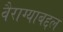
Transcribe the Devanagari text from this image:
वैराग्याबद्दल